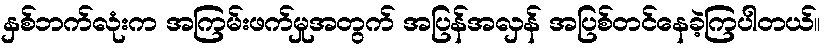
နှစ်ဘက်လုံးက အကြမ်းဖက်မှုအတွက် အပြန်အလှန် အပြစ်တင်နေခဲ့ကြပါတယ်။